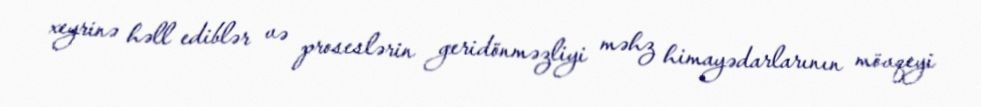
xeyrinə həll ediblər və proseslərin geridönməzliyi məhz himayədarlarının mövqeyi